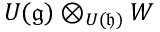
U ( { \mathfrak { g } } ) \otimes _ { U ( { \mathfrak { h } } ) } W